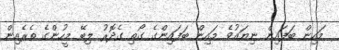
މައިން ބަފައިން ނިޔައުވެ މައިން ބަފައިންގެ ގޯތި ގެދޮރު ލިބޭ މީހުންގެ ތެރެއިން